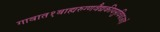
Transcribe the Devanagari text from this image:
गावात१बाह्यरुग्णवैद्यकीयसुविधाआहे